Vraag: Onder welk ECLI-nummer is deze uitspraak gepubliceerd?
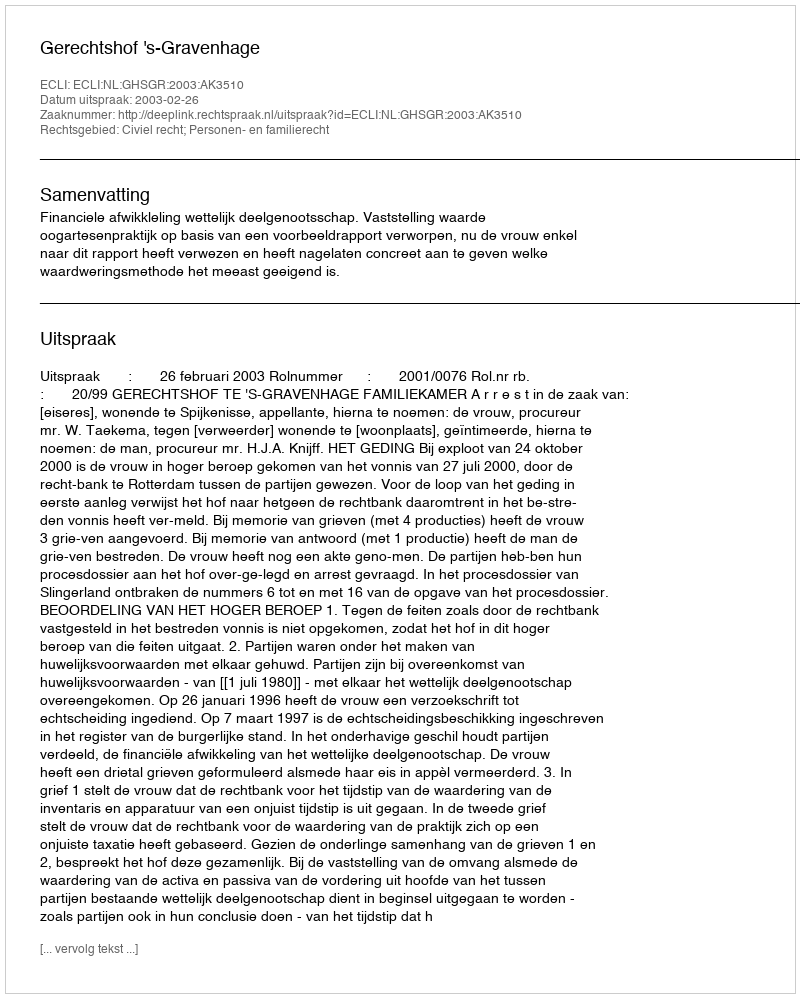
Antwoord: ECLI:NL:GHSGR:2003:AK3510